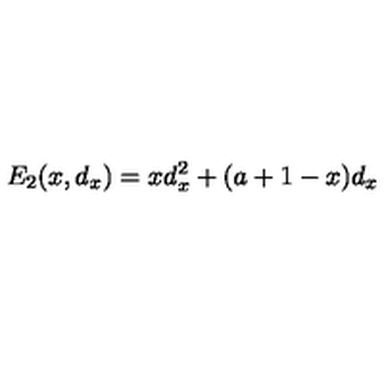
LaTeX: E _ { 2 } ( x , d _ { x } ) = x d _ { x } ^ { 2 } + ( a + 1 - x ) d _ { x }